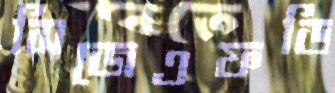
সিজেএফডি